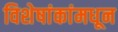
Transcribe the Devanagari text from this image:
विशेषांकांमधून